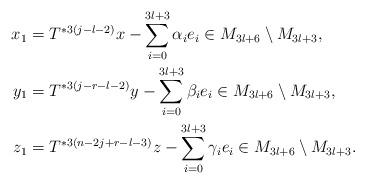
LaTeX: \begin{align*} x_{1}&=T^{*3(j-l-2)}x-\sum_{i=0}^{3l+3}\alpha_{i}e_{i}\in M_{3l+6}\setminus M_{3l+3}, \\ y_{1}&=T^{*3(j-r-l-2)}y - \sum_{i=0}^{3l+3}\beta_{i}e_{i}\in M_{3l+6}\setminus M_{3l+3},\\ z_{1}&= T^{*3(n-2j+r-l-3)}z-\sum_{i=0}^{3l+3}\gamma_{i}e_{i}\in M_{3l+6}\setminus M_{3l+3}. \end{align*}